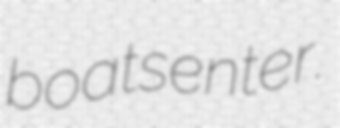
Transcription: boats enter.